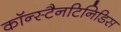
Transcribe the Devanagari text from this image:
कॉन्स्टैनटिनिडिस